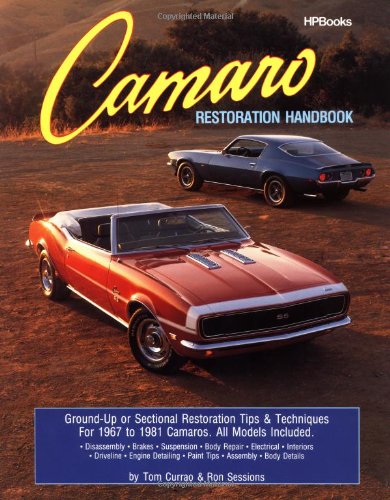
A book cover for Camaro Restoration Handbook  HPBooks 758; Ron Sessions; Engineering & Transportation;